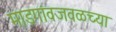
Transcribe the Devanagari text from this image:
माडगांवजवळच्या